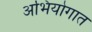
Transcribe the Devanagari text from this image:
अभियोगात